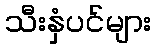
သီးနှံပင်များ